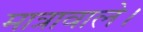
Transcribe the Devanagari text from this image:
मात्रावाले।